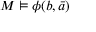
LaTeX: M \vDash \phi ( b , { \bar { a } } )